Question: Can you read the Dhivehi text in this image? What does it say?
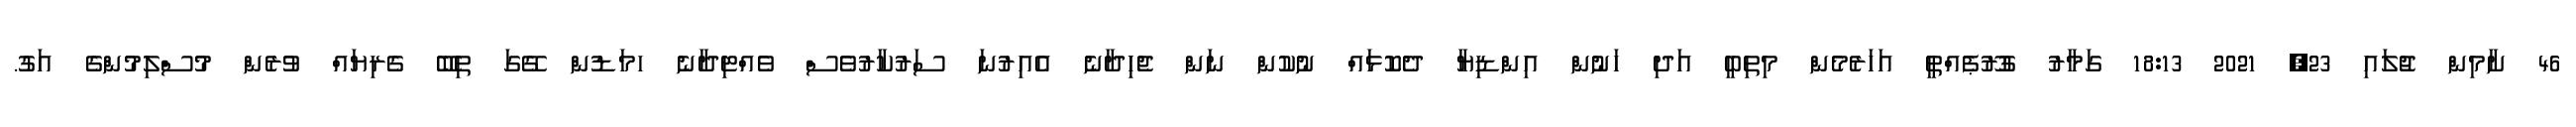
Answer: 46 ށާމިން ޖުލައި 23, 2021 18:13 ގަމާރު ގުރޫޕެއްތީ އަހަރެމެން މިތިބީ އަދި ހަނުން އިންޑިޔާ ދެކޮޅައް ނުކުން ނަން ޖެހިދާނެ އެއިރުނަ ސަރުކާރުވެސް ވެއްޓިދާނެ ހމަޑުން ގޭގަ ތިބޭ ގެރިޔައް ވުރެން މުސްލިމުންގެ އަގު.